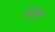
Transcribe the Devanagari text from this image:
जाग्रुत